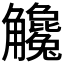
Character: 𧥓